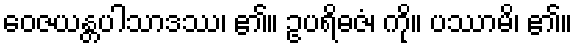
ဝေဇယန္တပါသာဒဿ၊ ၏။ ဥပရိဓဇံ၊ ကို။ ပဿာမိ၊ ၏။